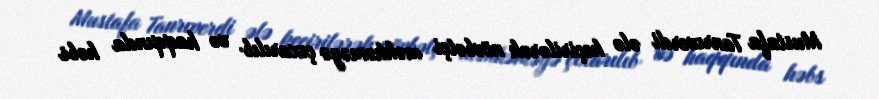
Mustafa Tanrıverdi ələ keçirilərək növbətçi məhkəməyə çıxarılıb və haqqında həbs